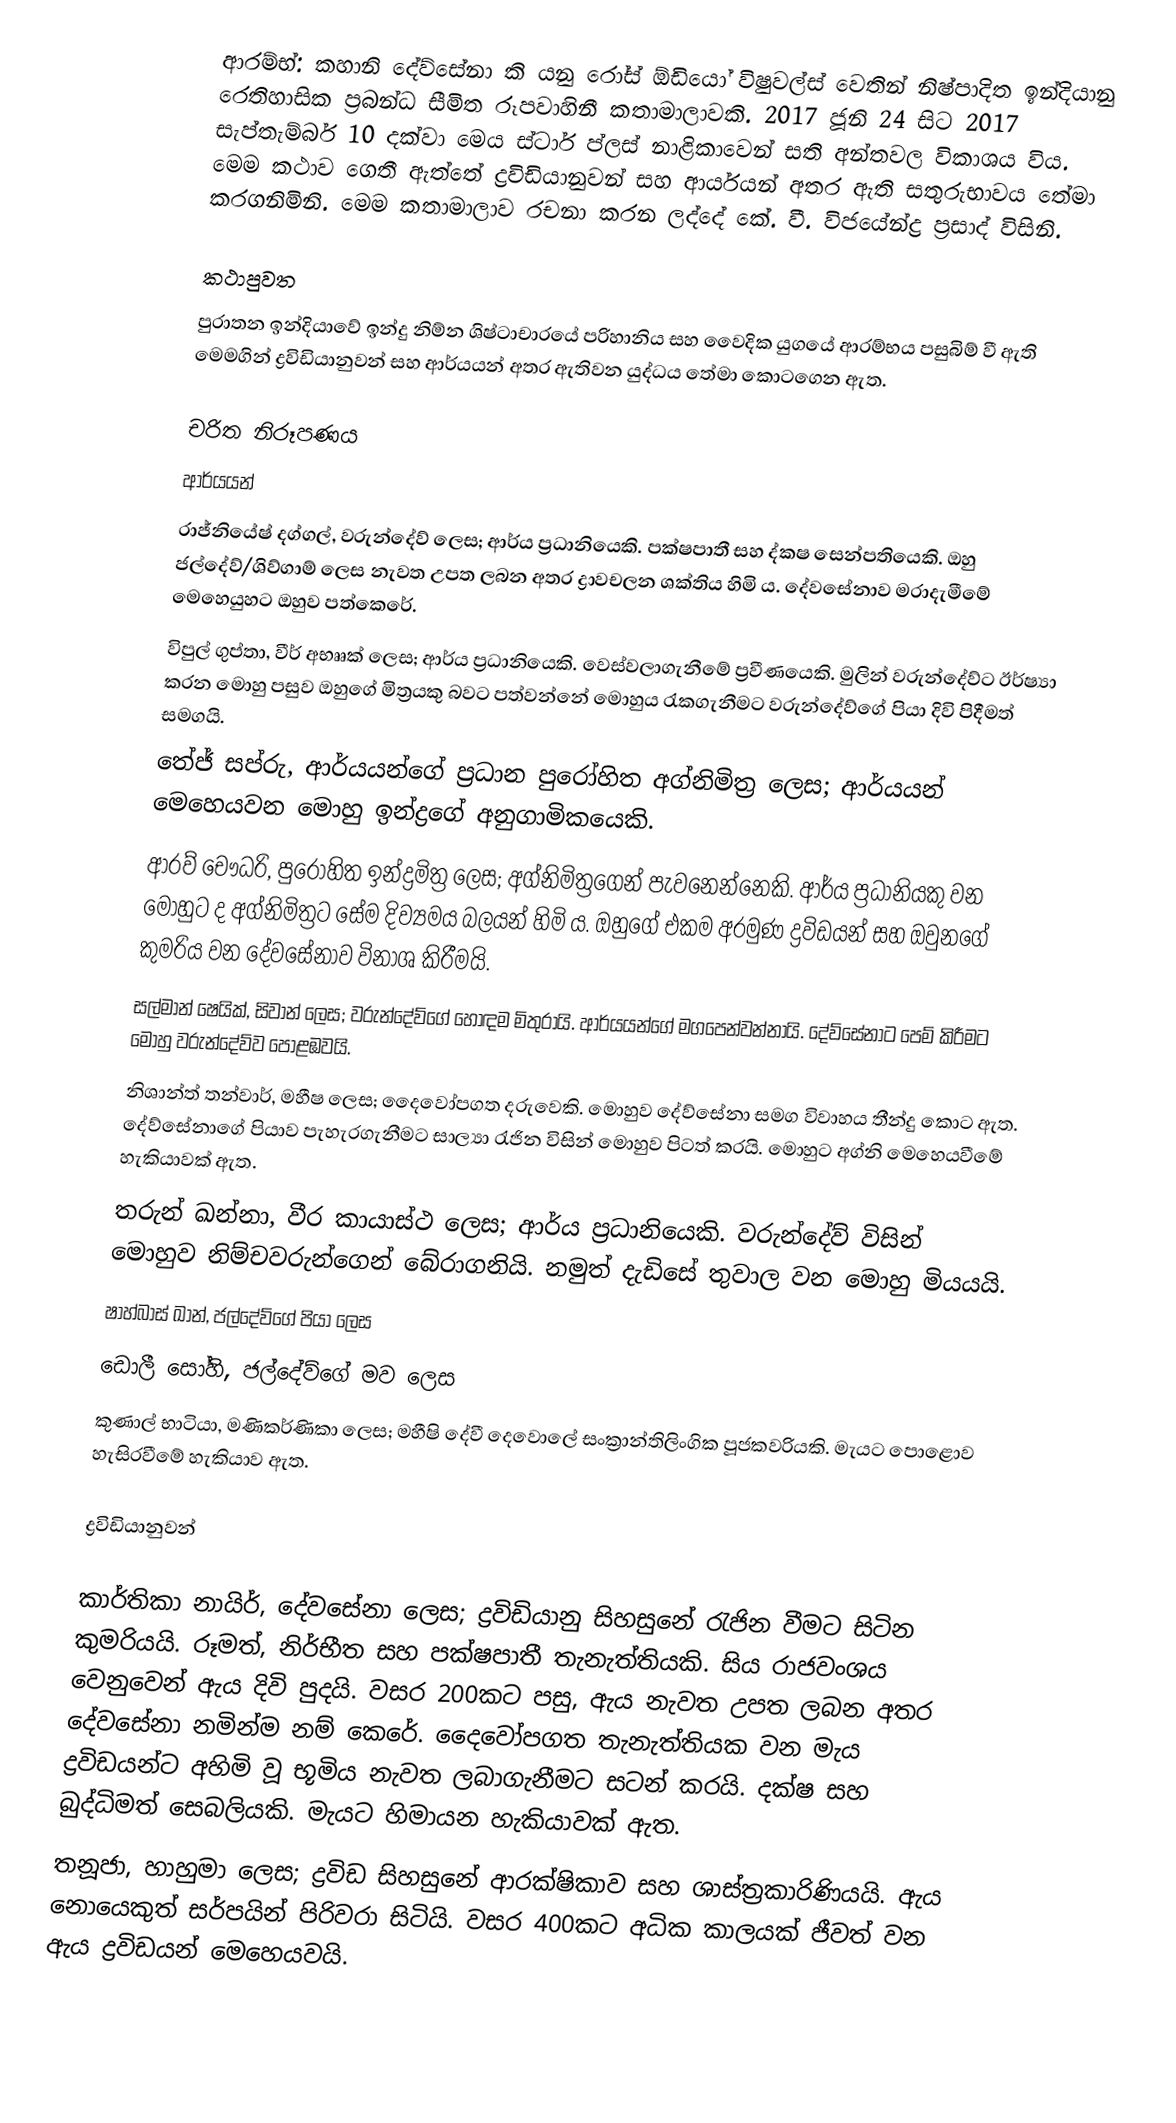
ආරම්භ්: කහානි දේව්සේනා කි යනු රෝස් ඕඩියෝ විෂුවල්ස් වෙතින් නිෂ්පාදිත ඉන්දියානු රෙතිහාසික ප්‍රබන්ධ සීමිත රූපවාහිනී කතාමාලාවකි. 2017 ජූනි 24 සිට 2017 සැප්තැම්බර් 10 දක්වා මෙය ස්ටාර් ප්ලස් නාළිකාවෙන් සති අන්තවල විකාශය විය. මෙම කථාව ගෙතී ඇත්තේ ද්‍රවිඩියානුවන් සහ ආර්යයන් අතර ඇති සතුරුභාවය තේමා කරගනිමිනි. මෙම කතාමාලාව රචනා කරන ලද්දේ කේ. වී. විජයේන්ද්‍ර ප්‍රසාද් විසිනි.

කථාපුවත
පුරාතන ඉන්දියාවේ ඉන්දු නිම්න ශිෂ්ටාචාරයේ පරිහානිය සහ වෛදික යුගයේ ආරම්භය පසුබිම් වී ඇති මෙමගින් ද්‍රවිඩියානුවන් සහ ආර්යයන් අතර ඇතිවන යුද්ධය තේමා කොටගෙන ඇත.

චරිත නිරූපණය
ආර්යයන්
රාජ්නියේෂ් දග්ගල්, වරුන්දේව් ලෙස; ආර්ය ප්‍රධානියෙකි. පක්ෂපාතී සහ ද්කෂ සෙන්පතියෙකි. ඔහු ජල්දේව්/ශිව්ගාම් ලෙස නැවත උපත ලබන අතර ද්‍රාවචලන ශක්තිය හිමි ය. දේවසේනාව මරාදැමීමේ මෙහෙයුහට ඔහුව පත්කෙරේ.
විපුල් ගුප්තා, වීර් අභෲක් ලෙස; ආර්ය ප්‍රධානියෙකි. වෙස්වලාගැනීමේ ප්‍රවීණයෙකි. මුලින් වරුන්දේව්ට ඊර්ෂ්‍යා කරන මොහු පසුව ඔහුගේ මිත්‍රයකු බවට පත්වන්නේ මොහුය රැකගැනීමට වරුන්දේව්ගේ පියා දිවි පිදීමත් සමගයි.
තේජ් සප්රු, ආර්යයන්ගේ ප්‍රධාන පුරෝහිත අග්නිමිත්‍ර ලෙස; ආර්යයන් මෙහෙයවන මොහු ඉන්ද්‍රගේ අනුගාමිකයෙකි.
ආරව් චෞධරි, පුරෝහිත ඉන්ද්‍රමිත්‍ර ලෙස; අග්නිමිත්‍රගෙන් පැවනෙන්නෙකි. ආර්ය ප්‍රධානියකු වන මොහුට ද අග්නිමිත්‍රට සේම දිව්‍යමය බලයන් හිමි ය. ඔහුගේ එකම අරමුණ ද්‍රවිඩයන් සහ ඔවුනගේ කුමරිය වන දේවසේනාව විනාශ කිරීමයි.
සල්මාන් ෂෙයික්, සිවාන් ලෙස; වරුන්දේව්ගේ හොඳම මිතුරායි. ආර්යය‍න්ගේ මගපෙන්වන්නායි. දේව්සේනාට පෙම් කිරීමට මොහු වරුන්දේව්ව පොළඹවයි.
නිශාන්ත් තන්වාර්, මහීෂ ලෙස; දෛවෝපගත දරුවෙකි. මොහුව දේව්සේනා සමග විවාහය තීන්දු කොට ඇත. දේව්සේනාගේ පියාව පැහැරගැනීමට සාල්‍යා රැජින විසින් මොහුව පිටත් කරයි. මොහුට අග්නි මෙහෙයවීමේ හැකියාවක් ඇත.
තරුන් ඛන්නා, වීර කායාස්ථ ලෙස; ආර්ය ප්‍රධානියෙකි. වරුන්දේව් විසින් මොහුව නිම්චවරුන්ගෙන් බේරාගනියි. නමුත් දැඩිසේ තුවාල වන මොහු මියයයි.
ෂාහ්බාස් ඛාන්, ජල්දේව්ගේ පියා ලෙස
ඩොලී සෝහි, ජල්දේව්ගේ මව ලෙස
කුණාල් භාටියා, මණිකර්ණිකා ලෙස;  මහීෂි දේවී දෙවොලේ සංක්‍රාන්තිලිංගික පූජකවරියකි. මැයට පොළොව හැසිරවීමේ හැකියාව ඇත.

ද්‍රවිඩියානුවන්

කාර්තිකා නායිර්, දේවසේනා ලෙස; ද්‍රවිඩියානු සිහසුනේ රැජින වීමට සිටින කුමරියයි. රූමත්, නිර්භීත සහ පක්ෂපාතී තැනැත්තියකි. සිය රාජවංශය වෙනුවෙන් ඇය දිවි පුදයි. වසර 200කට පසු, ඇය නැවත උපත ලබන අතර දේවසේනා නමින්ම නම් කෙරේ. දෛවෝපගත තැනැත්තියක වන මැය ද්‍රවිඩයන්ට අහිමි වූ භූමිය නැවත ලබාගැනීමට සටන් කරයි. දක්ෂ සහ බුද්ධිමත් සෙබලියකි. මැයට හිමායන හැකියාවක් ඇත.
තනූජා, හාහුමා ලෙස; ද්‍රවිඩ සිහසුනේ ආරක්ෂිකාව සහ ශාස්ත්‍රකාරිණියයි. ඇය නොයෙකුත් සර්පයින් පිරිවරා සිටියි. වසර 400කට අධික කාලයක් ජීවත් වන ඇය ද්‍රවිඩයන් මෙහෙයවයි.